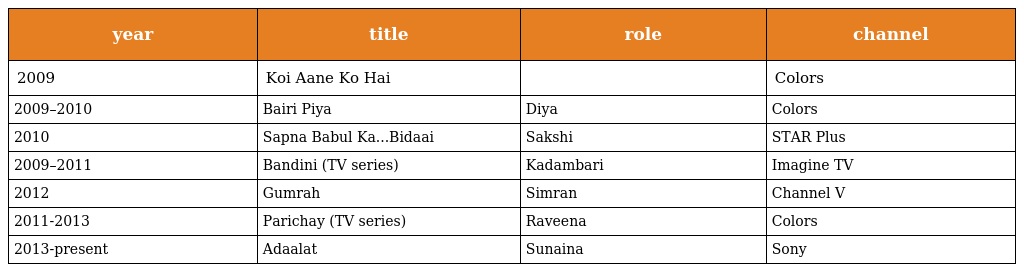
| year | title | role | channel |
 | --- | --- | --- | --- |
 | 2009 | Koi Aane Ko Hai |  | Colors |
 | 2009–2010 | Bairi Piya | Diya | Colors |
 | 2010 | Sapna Babul Ka...Bidaai | Sakshi | STAR Plus |
 | 2009–2011 | Bandini (TV series) | Kadambari | Imagine TV |
 | 2012 | Gumrah | Simran | Channel V |
 | 2011-2013 | Parichay (TV series) | Raveena | Colors |
 | 2013-present | Adaalat | Sunaina | Sony |